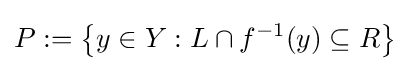
P:=\left\{y\in Y:L\cap f^{-1}(y)\subseteq R\right\}